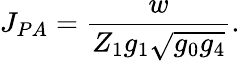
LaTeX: J_{PA}=\frac{w}{Z_{1}g_{1}\sqrt{g_{0}g_{4}}}.